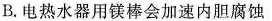
B.电热水器用镁棒会加速内胆腐蚀